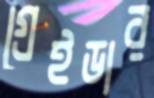
গ্রেইডার